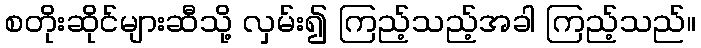
စတိုးဆိုင်များဆီသို့ လှမ်း၍ ကြည့်သည့်အခါ ကြည့်သည်။